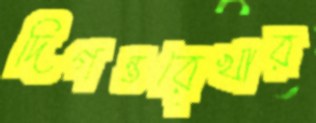
দিগন্তরেখার